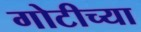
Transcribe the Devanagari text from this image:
गोटीच्या